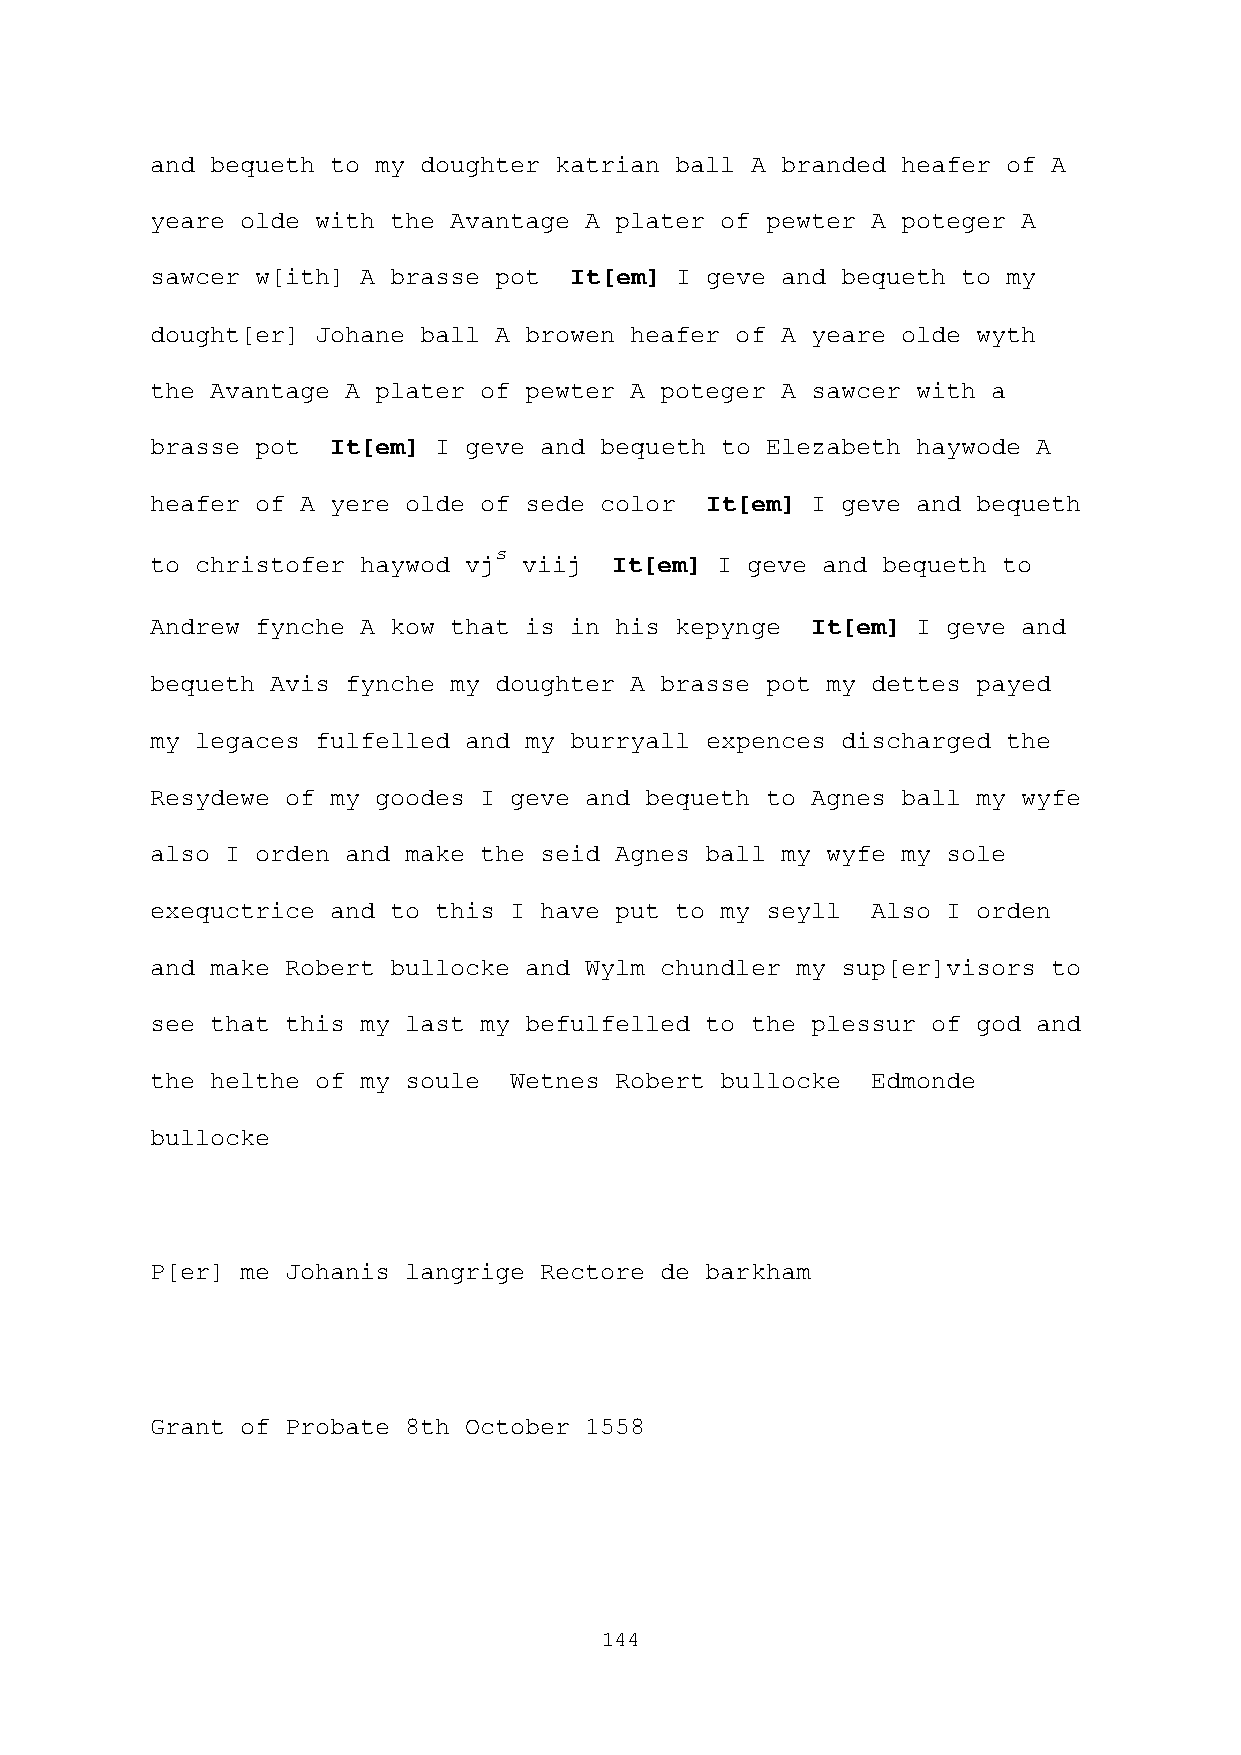
and bequeth to my doughter katrian ball A branded heafer of A
 yeare olde with the Avantage A plater of pewter A poteger A
 sawcer w[ith] A brasse pot  It[em] I geve and bequeth to my
 dought[er] Johane ball A browen heafer of A yeare olde wyth
 the Avantage A plater of pewter A poteger A sawcer with a
 brasse pot  It[em] I geve and bequeth to Elezabeth haywode A
 heafer of A yere olde of sede color  It[em] I geve and bequeth
 s
 to christofer haywod vj  viij It[em] I geve and bequeth to
 Andrew fynche A kow that is in his kepynge  It[em] I geve and
 bequeth Avis fynche my doughter A brasse pot my dettes payed
 my legaces fulfelled and my burryall expences discharged the
 Resydewe of my goodes I geve and bequeth to Agnes ball my wyfe
 also I orden and make the seid Agnes ball my wyfe my sole
 exequctrice and to this I have put to my seyll  Also I orden
 and make Robert bullocke and Wylm chundler my sup[er]visors to
 see that this my last my befulfelled to the plessur of god and
 the helthe of my soule  Wetnes Robert bullocke  Edmonde
 bullocke
 P[er] me Johanis langrige Rectore de barkham
 Grant of Probate 8th October 1558
 144